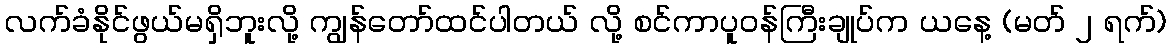
လက်ခံနိုင်ဖွယ်မရှိဘူးလို့ ကျွန်တော်ထင်ပါတယ် လို့ စင်ကာပူဝန်ကြီးချုပ်က ယနေ့ (မတ် ၂ ရက်)